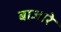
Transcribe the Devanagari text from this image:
बाजारे